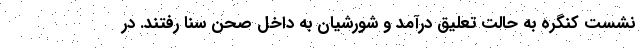
نشست کنگره به حالت تعلیق درآمد و شورشیان به داخل صحن سنا رفتند. در